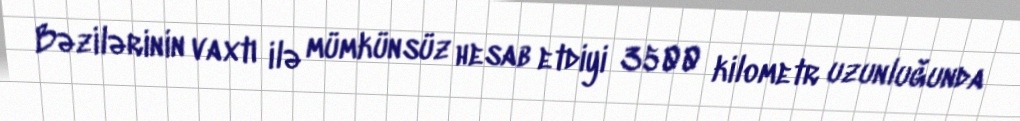
Bəzilərinin vaxtı ilə mümkünsüz hesab etdiyi 3500 kilometr uzunluğunda